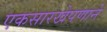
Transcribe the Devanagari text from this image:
एकसारखेपणाने